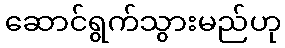
ဆောင်ရွက်သွားမည်ဟု